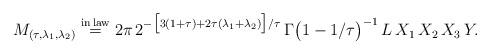
LaTeX: \begin{align*}M_{(\tau, \lambda_1, \lambda_2)} \overset{{\rm in \,law}}{=} 2\pi\,2^{-\bigl[3(1+\tau)+2\tau(\lambda_1+\lambda_2)\bigr]/\tau}\,\Gamma\bigl(1-1/\tau\bigr)^{-1}\,L\,X_1\,X_2\,X_3\,Y.\end{align*}